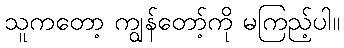
သူကတော့ ကျွန်တော့်ကို မကြည့်ပါ။